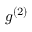
g ^ { ( 2 ) }